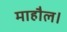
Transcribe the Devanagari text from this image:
माहौल।